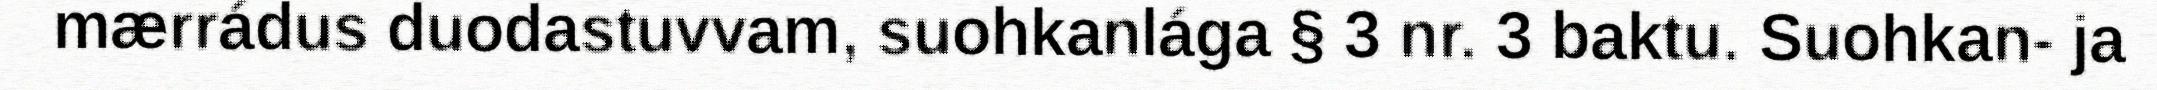
mærrádus duodastuvvam, suohkanlága § 3 nr. 3 baktu. Suohkan- ja